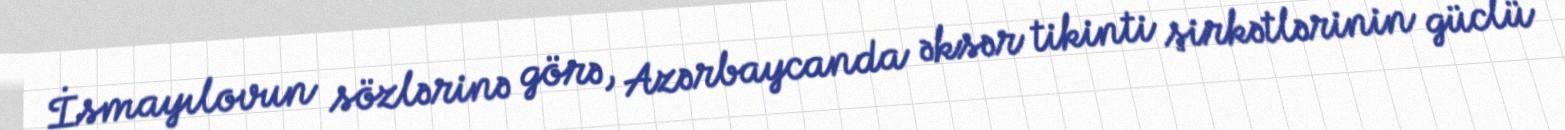
İsmayılovun sözlərinə görə, Azərbaycanda əksər tikinti şirkətlərinin güclü